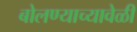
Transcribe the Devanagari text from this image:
बोलण्याच्यावेळी